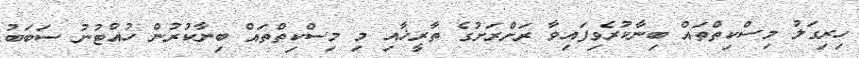
ހިރިގަލު މިސްކިތްތައް ބިނާކުރެވިފައިވާ ރަށްރަށުގެ ތާރީޚާއި މި މިސްކިތްތައް ބިނާކުރުން ހުއްޓުނު ސަބަބު